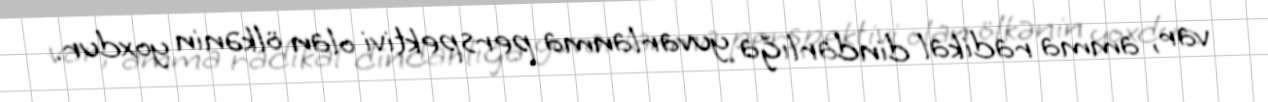
var, amma radikal dindarlığa yuvarlanma perspektivi olan ölkənin yoxdur.